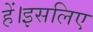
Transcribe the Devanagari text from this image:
हें।इसलिए